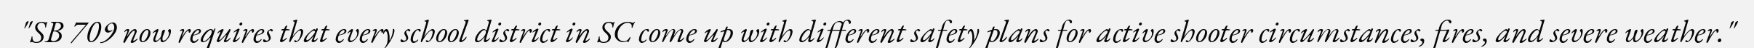
"SB 709 now requires that every school district in SC come up with different safety plans for active shooter circumstances, fires, and severe weather."